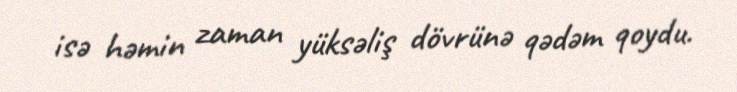
isə həmin zaman yüksəliş dövrünə qədəm qoydu.